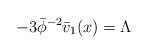
\begin{align*}-3\bar{\phi}^{-2}\bar{v}_{1}(x)=\Lambda\end{align*}